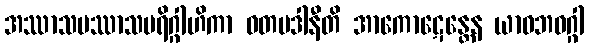
အဿာသပဿာသပရိဂ္ဂါဟိကာ ဝတပဒါနီတိ အာကောဋေန္တေန ယာဝဘဝဂ္ဂါ